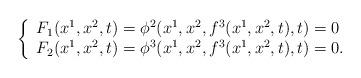
LaTeX: \begin{align*}\left\{ \begin{array}{l}F_1(x^1,x^2,t)=\phi ^2(x^1,x^2,f^3(x^1,x^2,t),t)=0 \\ F_2(x^1,x^2,t)=\phi ^3(x^1,x^2,f^3(x^1,x^2,t),t)=0. \end{array}\right.\end{align*}